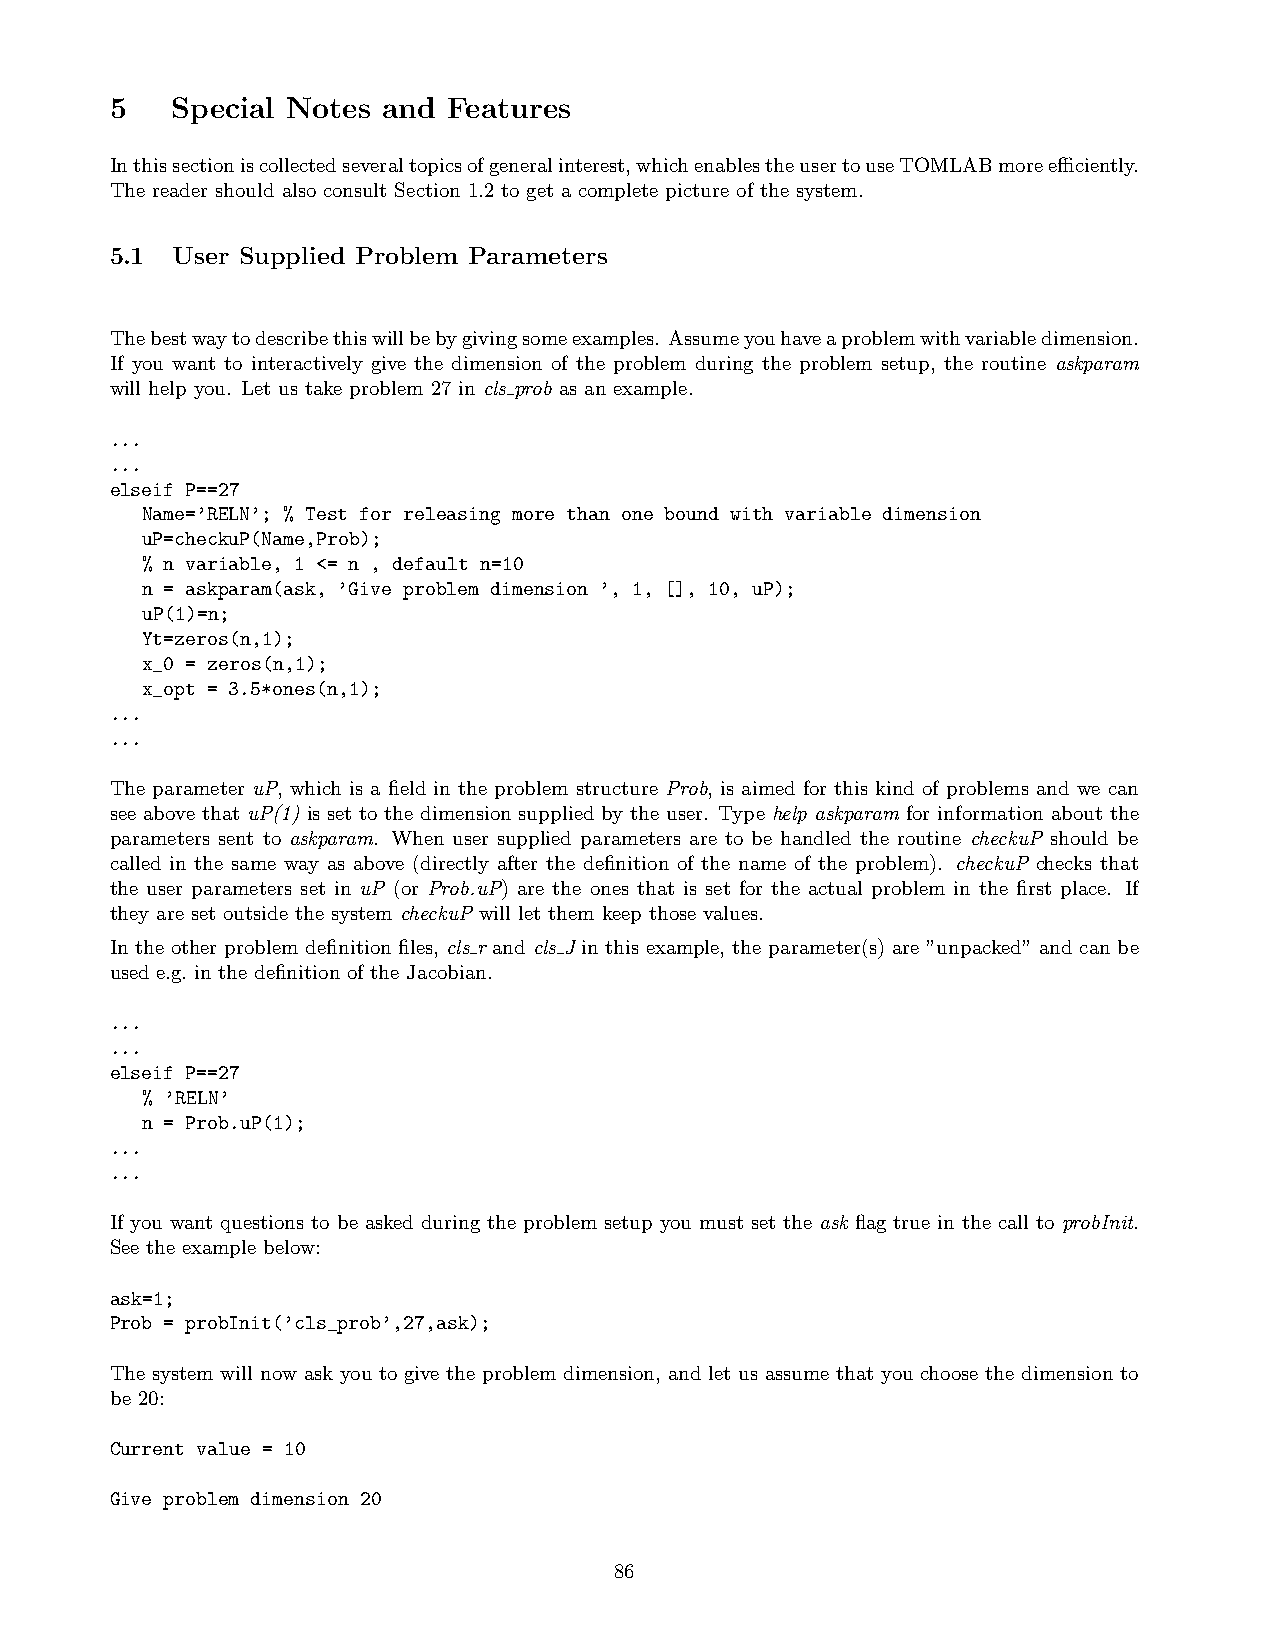
5   Special Notes and  Features
 Inthissectioniscollectedseveraltopicsofgeneralinterest,whichenablestheusertouseTOMLABmoreefficiently.
 The reader should also consult Section 1.2 to get a complete picture of the system.
 5.1 User Supplied Problem Parameters
 Thebestwaytodescribethiswillbebygivingsomeexamples. Assumeyouhaveaproblemwithvariabledimension.
 If you want to interactively give the dimension of the problem during the problem setup, the routine askparam
 will help you. Let us take problem 27 in cls prob as an example.
 ...
 ...
 elseif P==27
 Name=’RELN’; % Test for releasing more than one bound with variable dimension
 uP=checkuP(Name,Prob);
 % n variable, 1 <= n , default n=10
 n = askparam(ask, ’Give problem dimension ’, 1, [], 10, uP);
 uP(1)=n;
 Yt=zeros(n,1);
 x_0 = zeros(n,1);
 x_opt = 3.5*ones(n,1);
 ...
 ...
 The parameter uP, which is a field in the problem structure Prob, is aimed for this kind of problems and we can
 see above that uP(1) is set to the dimension supplied by the user. Type help askparam for information about the
 parameters sent to askparam. When user supplied parameters are to be handled the routine checkuP should be
 called in the same way as above (directly after the definition of the name of the problem). checkuP checks that
 the user parameters set in uP (or Prob.uP) are the ones that is set for the actual problem in the first place. If
 they are set outside the system checkuP will let them keep those values.
 In the other problem definition files, cls r and cls J in this example, the parameter(s) are ”unpacked” and can be
 used e.g. in the definition of the Jacobian.
 ...
 ...
 elseif P==27
 % ’RELN’
 n = Prob.uP(1);
 ...
 ...
 If you want questions to be asked during the problem setup you must set the ask flag true in the call to probInit.
 See the example below:
 ask=1;
 Prob = probInit(’cls_prob’,27,ask);
 The system will now ask you to give the problem dimension, and let us assume that you choose the dimension to
 be 20:
 Current value = 10
 Give problem dimension 20
 86